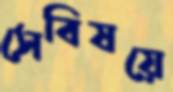
সেবিষয়ে